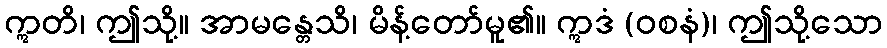
ဣတိ၊ ဤသို့။ အာမန္တေသိ၊ မိန့်တော်မူ၏။ ဣဒံ (ဝစနံ)၊ ဤသို့သော